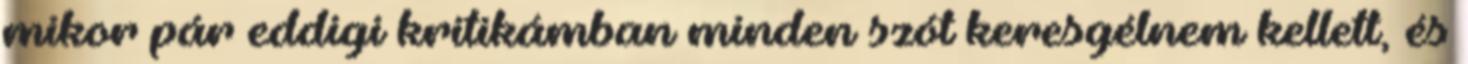
mikor pár eddigi kritikámban minden szót keresgélnem kellett, és